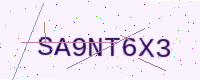
Text: SA9NT6X3